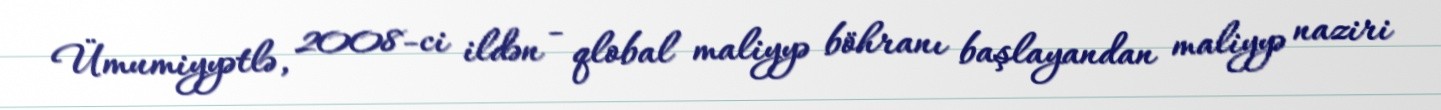
Ümumiyyətlə, 2008-ci ildən - qlobal maliyyə böhranı başlayandan maliyyə naziri